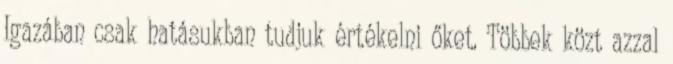
Igazában csak hatásukban tudjuk értékelni őket. Többek közt azzal